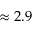
\approx 2 . 9